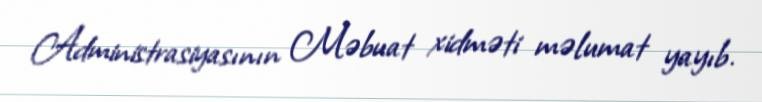
Administrasiyasının Məbuat xidməti məlumat yayıb.